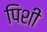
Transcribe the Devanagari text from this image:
पिशी